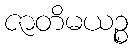
ဇာတိမယဉ္စ